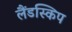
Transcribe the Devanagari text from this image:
लैंडस्किप